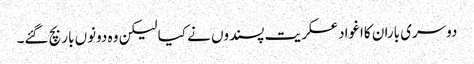
دوسری باران کااغوادعسکریت پسندوں نے کیا لیکن وہ دونوں بار بچ گئے۔